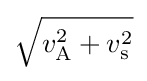
{\sqrt {v_{\text{A}}^{2}+v_{\text{s}}^{2}}}